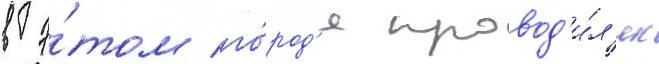
в э́том го́род'е провод'и́л'ись